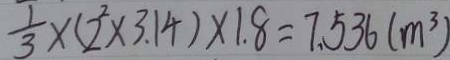
\frac { 1 } { 3 } \times ( 2 ^ { 2 } \times 3 . 1 4 ) \times 1 . 8 = 7 . 5 3 6 ( m ^ { 3 } )